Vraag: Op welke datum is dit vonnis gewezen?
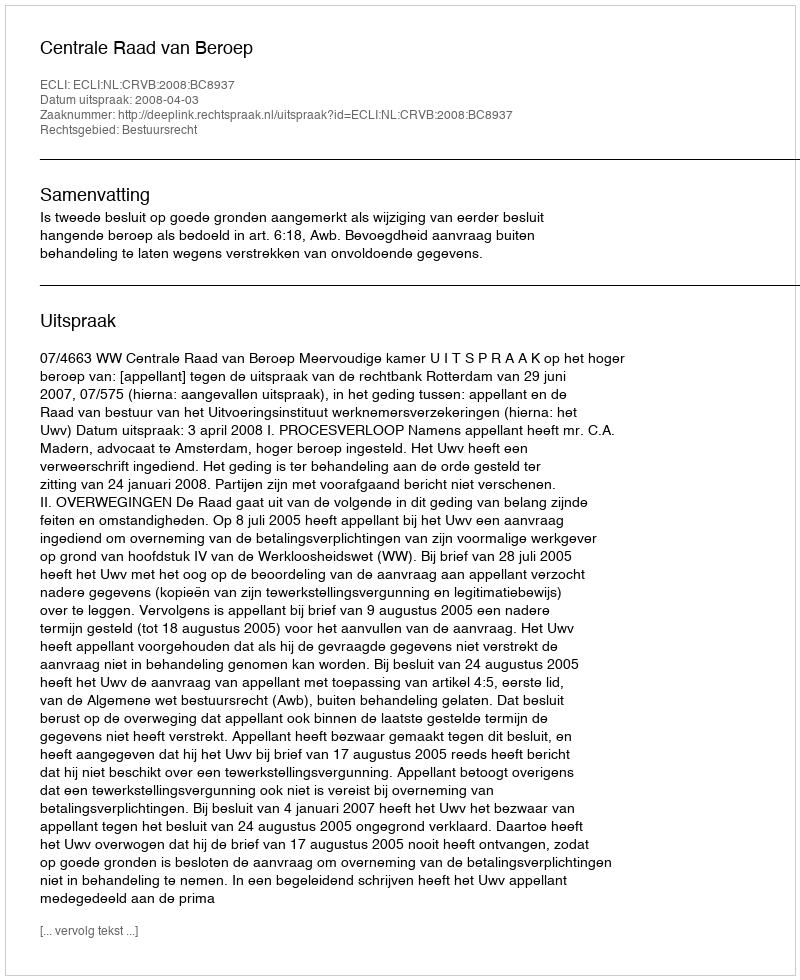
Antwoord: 2008-04-03